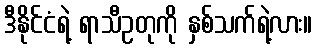
ဒီနိုင်ငံရဲ့ ရာသီဥတုကို နှစ်သက်ရဲ့လား။